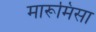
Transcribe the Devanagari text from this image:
मारूमिसा